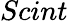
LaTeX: Scint